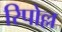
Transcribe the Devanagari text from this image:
रिपोल्ल